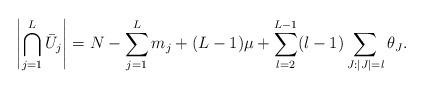
LaTeX: \begin{align*}\left|\bigcap_{j=1}^{L}\bar{U}_{j}\right| = N - \sum_{j=1}^{L} m_{j} + (L-1)\mu + \sum_{l=2}^{L-1} (l-1) \sum_{J : |J| = l} \theta_J. \end{align*}